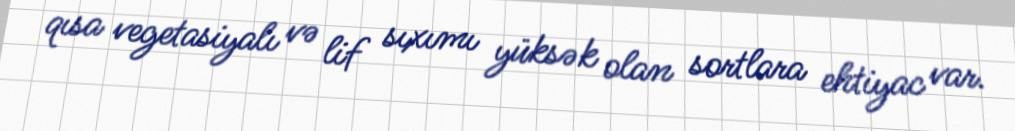
qısa vegetasiyalı və lif sıxımı yüksək olan sortlara ehtiyac var.